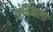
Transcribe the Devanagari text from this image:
डार्विनला